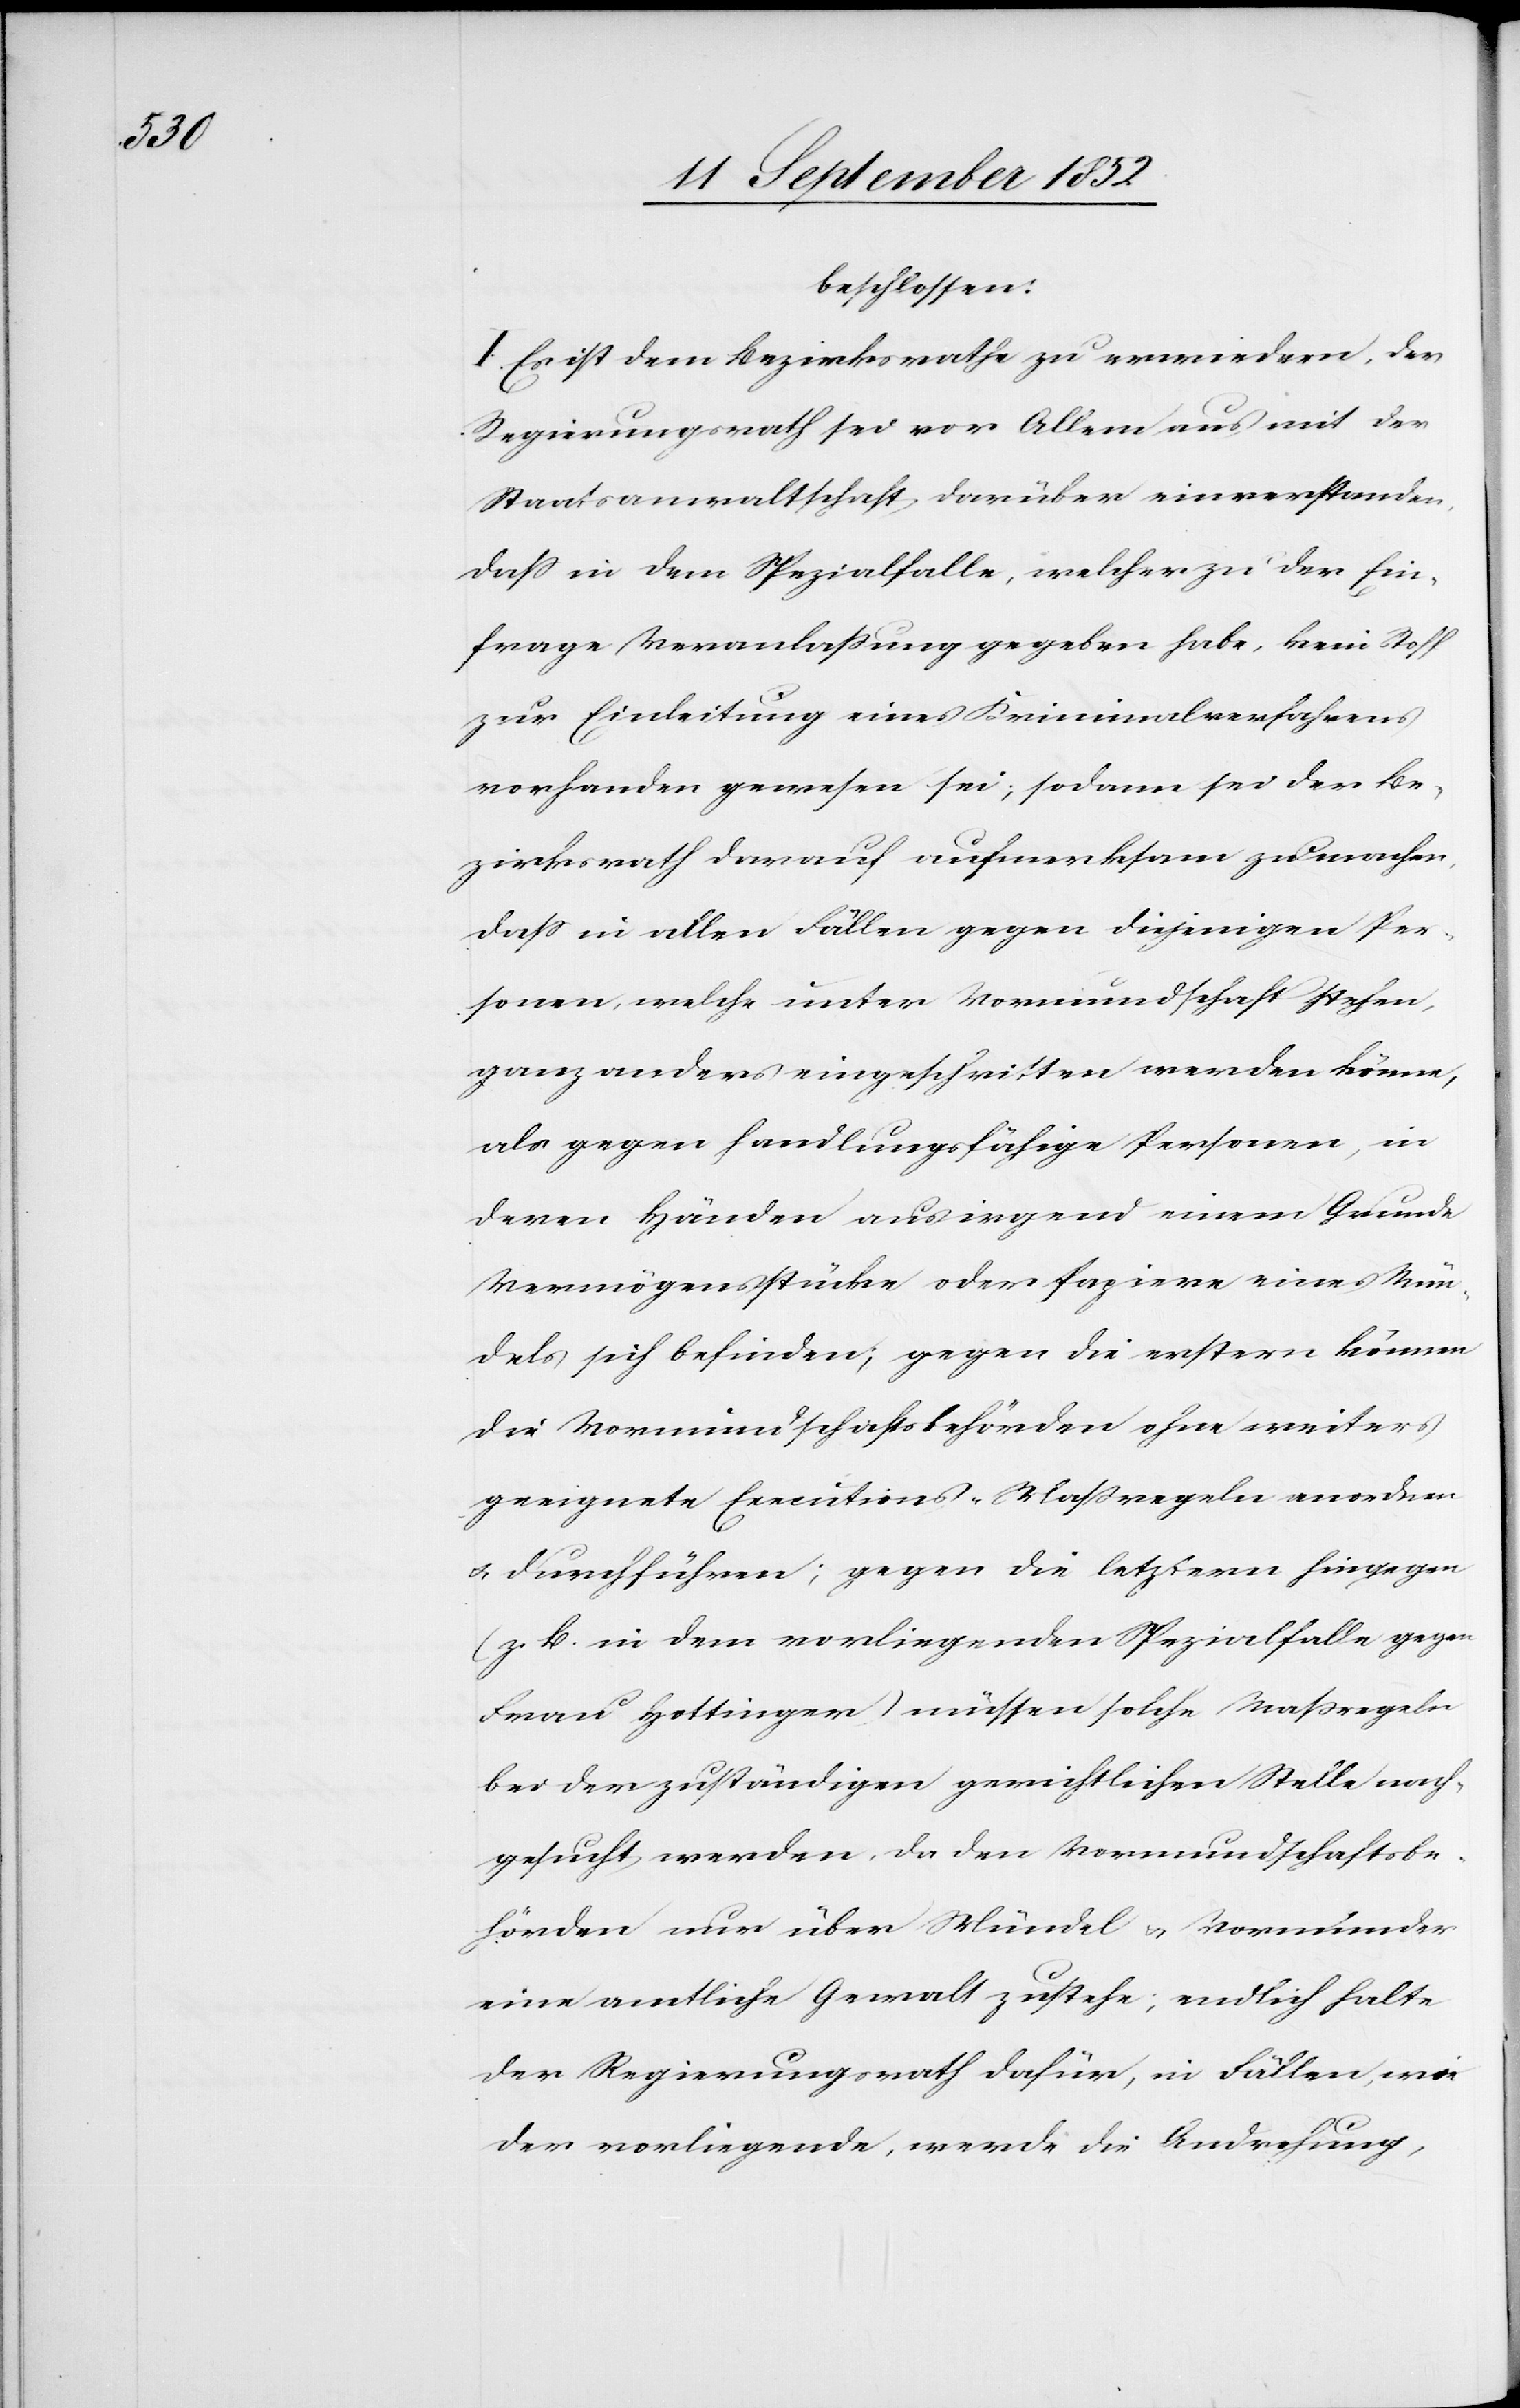
beschlossen:
I. Es ist dem Bezirksrathe zu erwiedern, der
Regierungsrath sei vor Allem aus mit der
Staatsanwaltschaft darüber einverstanden,
dass in dem Spezialfalle, welcher zu der Ein¬
frage Veranlassung gegeben habe, kein Stoff
zur Einleitung eines Kriminalverfahrens
vorhanden gewesen sei; sodann sei der Be¬
zirksrath darauf aufmerksam zu machen,
dass in allen Fällen gegen diejenigen Per¬
sonen, welche unter Vormundschaft stehen,
ganz anders eingeschritten werden könne,
als gegen handlungsfähige Personen, in
deren Händen aus irgend einem Grunde
Vermögensstücke oder Papiere eines Mün¬
dels sich befinden; gegen die erstern können
die Vormundschaftsbehörden ohne weiters
geeignete Executions-Maßregeln anordnen
& durchführen; gegen die letztern hingegen
(z. B. in dem vorliegenden Spezialfalle gegen
Frau Hottinger) müssen solche Maßregeln
bei der zuständigen gerichtlichen Stelle nach¬
gesucht werden, da den Vormundschaftsbe¬
hörden nur über Mündel & Vormünder
eine amtliche Gewalt zustehe; endlich halte
der Regierungsrath dafür, in Fällen, wie
der vorliegende, werde die Androhung,